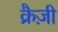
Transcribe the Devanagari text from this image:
क्रैज़ी